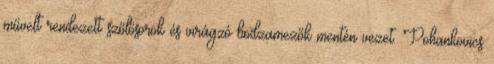
művelt rendezett szőlősorok és virágzó bodzamezők mentén vezet. Pohankovics